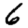
Digit: 6